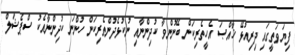
ފިޔަވަތީގައި ދިރިއުޅޭ ޚާއްޞަ އެހީތެރިކަން ބޭނުންވާ ކުދިންނާއި ނުކުޅެދުންތެރިކަން ހުންނަ ކުދިންނާއެކު ސްޕެޝަލް